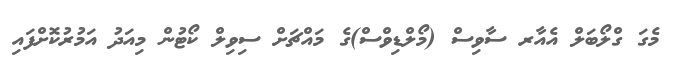
މެގަ ގްލޯބަލް އެއާރ ސާވިސް (މޯލްޑިވްސް)ގެ މައްޗަށް ސިވިލް ކޯޓުން މިއަދު އަމުރުކޮށްފައި